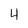
Character: 4